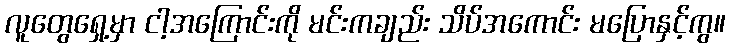
လူတွေရှေ့မှာ ငါ့အကြောင်းကို မင်းကချည်း သိပ်အကောင်း မပြောနှင့်ကွ။